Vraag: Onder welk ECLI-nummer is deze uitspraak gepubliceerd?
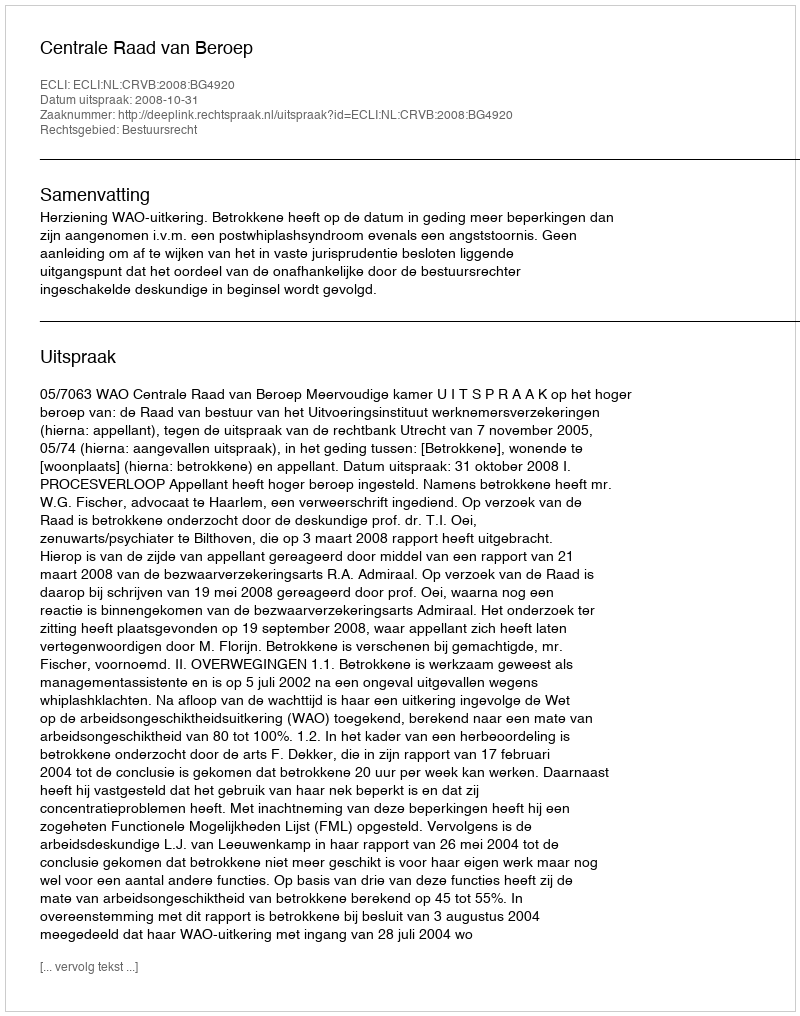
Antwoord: ECLI:NL:CRVB:2008:BG4920